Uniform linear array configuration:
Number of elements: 64
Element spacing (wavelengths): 0.25
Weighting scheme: blackman
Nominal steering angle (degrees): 45
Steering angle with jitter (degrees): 45.679
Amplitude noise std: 0.05
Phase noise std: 0.05

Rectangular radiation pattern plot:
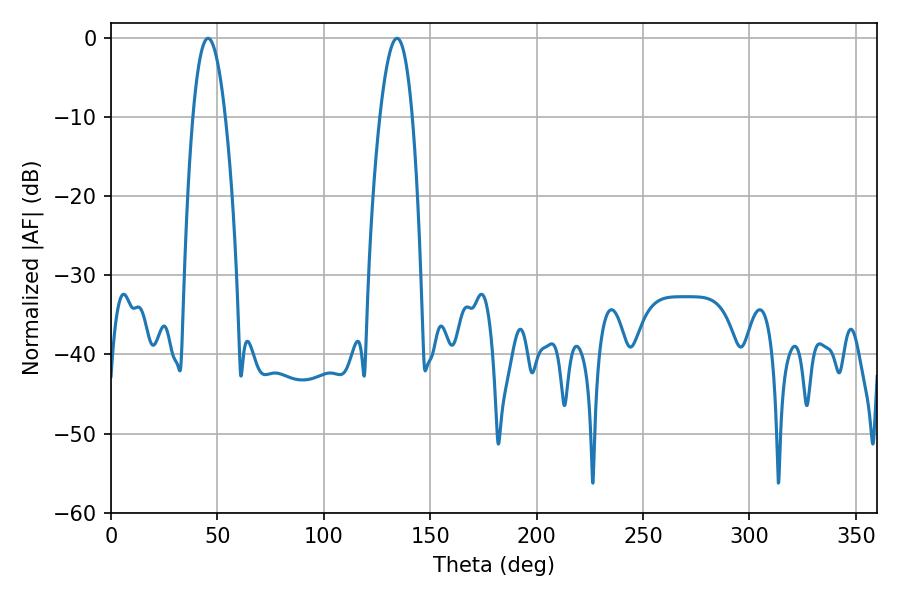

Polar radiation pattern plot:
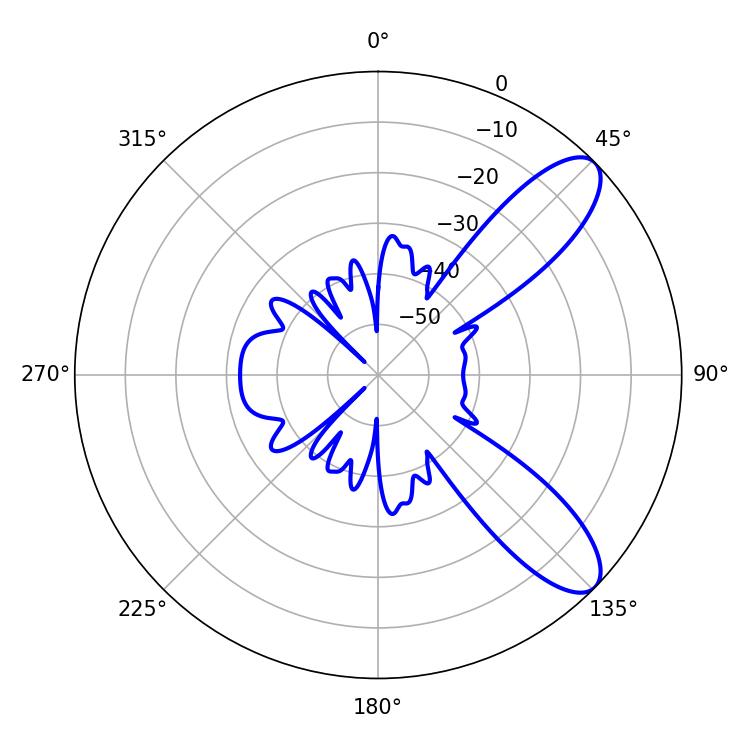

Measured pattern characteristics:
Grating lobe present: FALSE
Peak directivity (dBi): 9.487
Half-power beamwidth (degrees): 8.28
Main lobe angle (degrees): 45.54